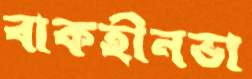
বাকহীনভা